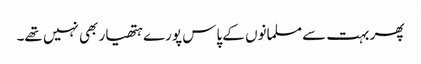
پھر بہت سے مسلمانوں کے پاس پورے ہتھیار بھی نہیں تھے۔